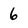
Character: 6